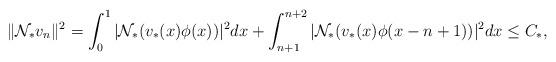
LaTeX: \begin{align*}\|\mathcal N_*v_n\|^2 = \int_0^1 |\mathcal N_*(v_*(x)\phi(x))|^2dx+ \int_{n+1}^{n+2} |\mathcal N_*(v_*(x)\phi(x-n+1))|^2dx \leq C_*,\end{align*}